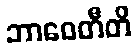
ဘာဝေတီတိ